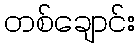
တစ်ချောင်း